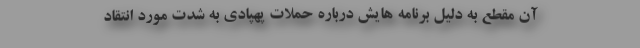
آن مقطع به دلیل برنامه هایش درباره حملات پهپادی به شدت مورد انتقاد